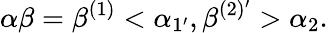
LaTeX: \alpha\beta=\beta^{(1)}<\alpha_{1^{\prime}},\beta^{(2)^{\prime}}>\alpha_{2}.